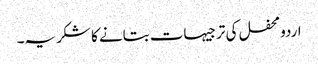
اردومحفل کی ترجیہات بتانے کا شکریہ۔